Rules and regulations of the Bombay Veterinary College
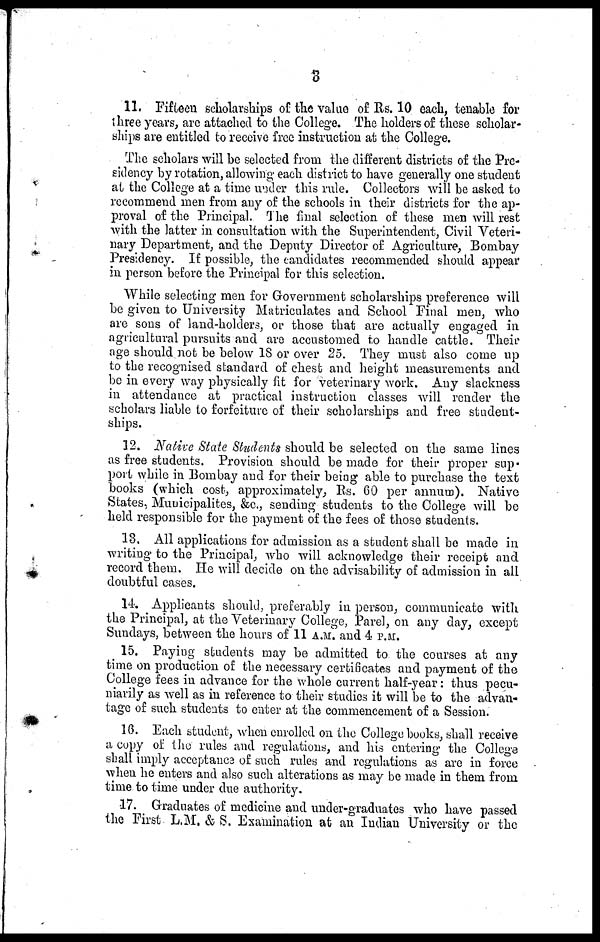
3
11. Fifteen scholarships of the value of Rs. 10 each, tenable for
three years, are attached to the College. The holders of these scholar-
ships are entitled to receive free instruction at the College.
The scholars will be selected from the different districts of the Pre-
sidency by rotation, allowing each district to have generally one student
at the College at a time under this rule. Collectors will be asked to
recommend men from any of the schools in their districts for the ap-
proval of the Principal. The final selection of these men will rest
with the latter in consultation with the Superintendent, Civil Veteri-
nary Department, and the Deputy Director of Agriculture, Bombay
Presidency. If possible, the candidates recommended should appear
in person before the Principal for this selection.
While selecting men for Government scholarships preference will
be given to University Matriculates and School Final men, who
are sons of land-holders, or those that are actually engaged in
agricultural pursuits and are accustomed to handle cattle. Their
age should not be below 18 or over 25. They must also come up
to the recognised standard of chest and height measurements and
be in every way physically fit for veterinary work. Any slackness
in attendance at practical instruction classes will render the
scholars liable to forfeiture of their scholarships and free student-
ships.
12. Native State Students should be selected on the same lines
as free students. Provision should be made for their proper sup-
port while in Bombay and for their being able to purchase the text
books (which cost, approximately, Rs. 60 per annum). Native
States, Municipalites, &c., sending students to the College will be
held responsible for the payment of the fees of those students.
13. All applications for admission as a student shall be made in
writing to the Principal, who will acknowledge their receipt and
record them. He will decide on the advisability of admission in all
doubtful cases.
14. Applicants should, preferably in person, communicate with
the Principal, at the Veterinary College, Parel, on any day, except
Sundays, between the hours of 11 A.M. and 4 P.M.
15. Paying students may be admitted to the courses at any
time on production of the necessary certificates and payment of the
College fees in advance for the whole current half-year : thus pecu-
niarily as well as in reference to their studies it will be to the advan-
tage of such students to enter at the commencement of a Session.
16. Each student, when enrolled on the College books, shall receive
a copy of the rules and regulations, and his entering the College
shall imply acceptance of such rules and regulations as are in force
when he enters and also such alterations as may be made in them from
time to time under due authority.
17. Graduates of medicine and under-graduates who have passed
the First L.M. & S. Examination at an Indian University or the